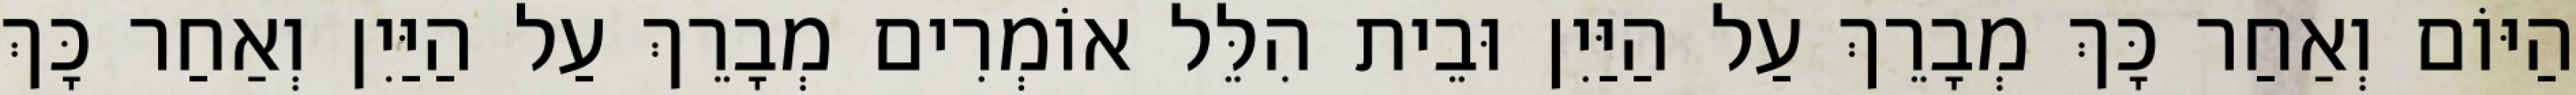
הַיּוֹם וְאַחַר כָּךְ מְבָרֵךְ עַל הַיַּיִן וּבֵית הִלֵּל אוֹמְרִים מְבָרֵךְ עַל הַיַּיִן וְאַחַר כָּךְ